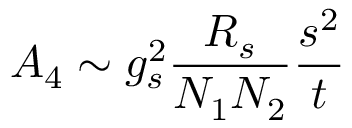
A _ { 4 } \sim g _ { s } ^ { 2 } \frac { R _ { s } } { N _ { 1 } N _ { 2 } } \frac { s ^ { 2 } } { t }